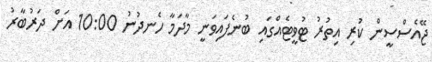
ޖޭއެސްސީން ކުރި އިތުރު ޓުވީޓެއްގައި ބުނެފައިވަނީ މާދަމާ ހެނދުނު 10:00 އަށް ދަރުބާރު